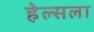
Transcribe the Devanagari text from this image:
हेल्सला